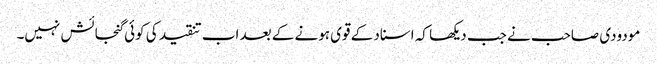
مودودی صاحب نے جب دیکھا کہ اسناد کے قوی ہونے کے بعد اب تنقید کی کوئی گنجائش نہیں۔